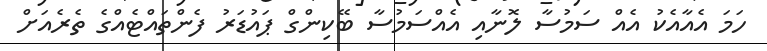
ހަމަ އެއާއެކު އެއް ސަމުސާ ލޮނާއި އެއްސަމުސާ ބޭކިންގް ޕައުޑަރު ފެންތައްޓެއްގެ ތެރެއަށް